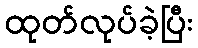
ထုတ်လုပ်ခဲ့ပြီး